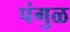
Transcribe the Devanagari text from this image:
पंगुळ